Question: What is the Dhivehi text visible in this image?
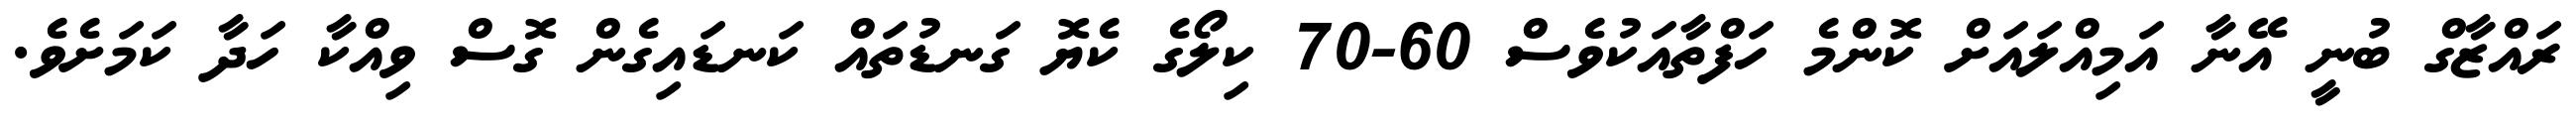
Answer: ރައްޒާގް ބުނީ އޭނާ އަމިއްލައަށް ކޮންމެ ހަފްތާއަކުވެސް 60-70 ކިލޯގެ ކެޔޮ ގަނޑުތައް ކަނޑައިގެން ގޮސް ވިއްކާ ހަދާ ކަމަށެވެ.